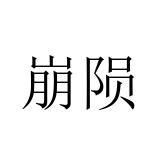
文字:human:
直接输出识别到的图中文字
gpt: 崩陨